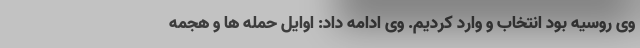
وی روسیه بود انتخاب و وارد کردیم. وی ادامه داد: اوایل حمله ها و هجمه